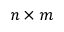
n \times m